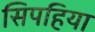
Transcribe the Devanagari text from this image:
सिपहिया